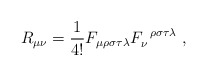
\begin{align*}R_{\mu\nu}=\frac{1}{4!}F_{\mu\rho\sigma\tau\lambda}F^{\;\;\rho\sigma\tau\lambda}_{\nu} ~ ,\end{align*}